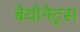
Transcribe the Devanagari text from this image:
बेयोनेट्स